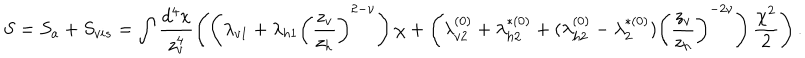
LaTeX: S = S _ { a } + S _ { v i s } = \int \frac { d ^ { 4 } x } { z _ { v } ^ { 4 } } \left( \left( \lambda _ { v 1 } + \lambda _ { h 1 } \left( \frac { z _ { v } } { z _ { h } } \right) ^ { 2 - \nu } \right) \chi + \left( \lambda _ { v 2 } ^ { ( 0 ) } + \lambda _ { h 2 } ^ { * ( 0 ) } + ( \lambda _ { h 2 } ^ { ( 0 ) } - \lambda _ { 2 } ^ { * ( 0 ) } ) \left( \frac { z _ { v } } { z _ { h } } \right) ^ { - 2 \nu } \right) \frac { \chi ^ { 2 } } { 2 } \right) .